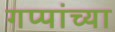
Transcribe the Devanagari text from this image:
गप्पांच्या